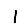
Digit: 1